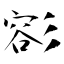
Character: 彮